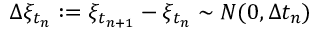
\Delta \xi _ { t _ { n } } : = \xi _ { t _ { n + 1 } } - \xi _ { t _ { n } } \sim N ( 0 , \Delta t _ { n } )